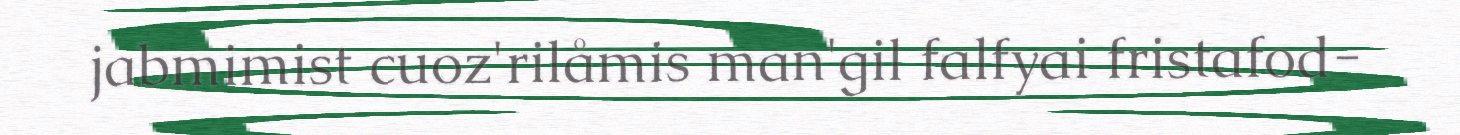
jabmimist cuoz'rilåmis man'gil falfyai fristafod-